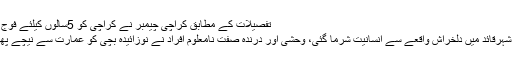
تفصیلات کے مطابق کراچی چیمبر نے کراچی کو 5سالوں کیلئے فوج کے …
کراچی: شہرقائد میں دلخراش واقعے سے انسانیت شرما گئی، وحشی اور درندہ صفت نامعلوم افراد نے نوزائیدہ بچی کو عمارت سے نیچے پھینک دیا۔